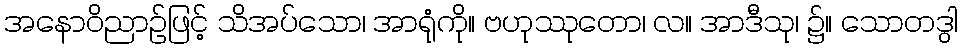
အနောဝိညာဉ်ဖြင့် သိအပ်သော၊ အာရုံကို။ ဗဟုဿုတော၊ လ။ အာဒီသု၊ ၌။ သောတဒွါ